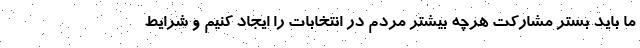
ما باید بستر مشارکت هرچه بیشتر مردم در انتخابات را ایجاد کنیم و شرایط